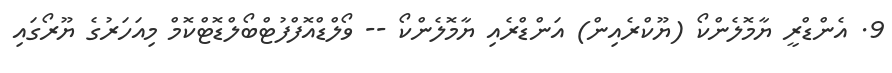
9. އެންޑްރީ ޔާމޮލެންކޯ (ޔޫކްރެއިން) އަންޑްރެއި ޔާމޮލެންކޯ -- ވޯލްޑްއޮފްފުޓްބޯލްޑޮޓްކޮމް މިއަހަރުގެ ޔޫރޯގައި